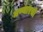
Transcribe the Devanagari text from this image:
मण्यारची